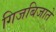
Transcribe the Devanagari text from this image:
गिजबिजाते